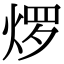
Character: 𬊜